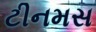
ટીનમસ